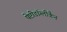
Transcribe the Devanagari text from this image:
पेप्टीडॉग्लीकैन